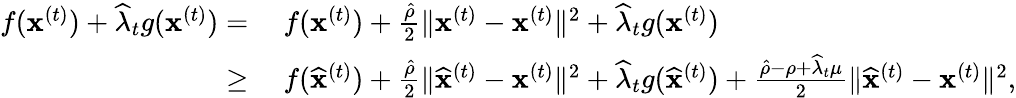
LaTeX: \begin{array}{rl}{f({\mathbf x}^{(t)})+\widehat\lambda_{t}g({\mathbf x}^{(t)})=}&{~f({\mathbf x}^{(t)})+\frac{\hat{\rho}}{2}\| {\mathbf x}^{(t)}-{\mathbf x}^{(t)}\| ^{2}+\widehat\lambda_{t}g({\mathbf x}^{(t)})}\\ {\geq}&{~f(\widehat{\mathbf x}^{(t)})+\frac{\hat{\rho}}{2}\| \widehat{\mathbf x}^{(t)}-{\mathbf x}^{(t)}\| ^{2}+\widehat\lambda_{t}g(\widehat{\mathbf x}^{(t)})+\frac{\hat{\rho}-\rho+\widehat\lambda_{t}\mu}{2}\| \widehat{\mathbf x}^{(t)}-{\mathbf x}^{(t)}\| ^{2},}\end{array}